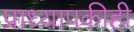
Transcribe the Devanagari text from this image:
प्राध्यापकीही